65_HS1-834228961_62-HQ-83894_Serial_130
Agency: FBI
Page 83
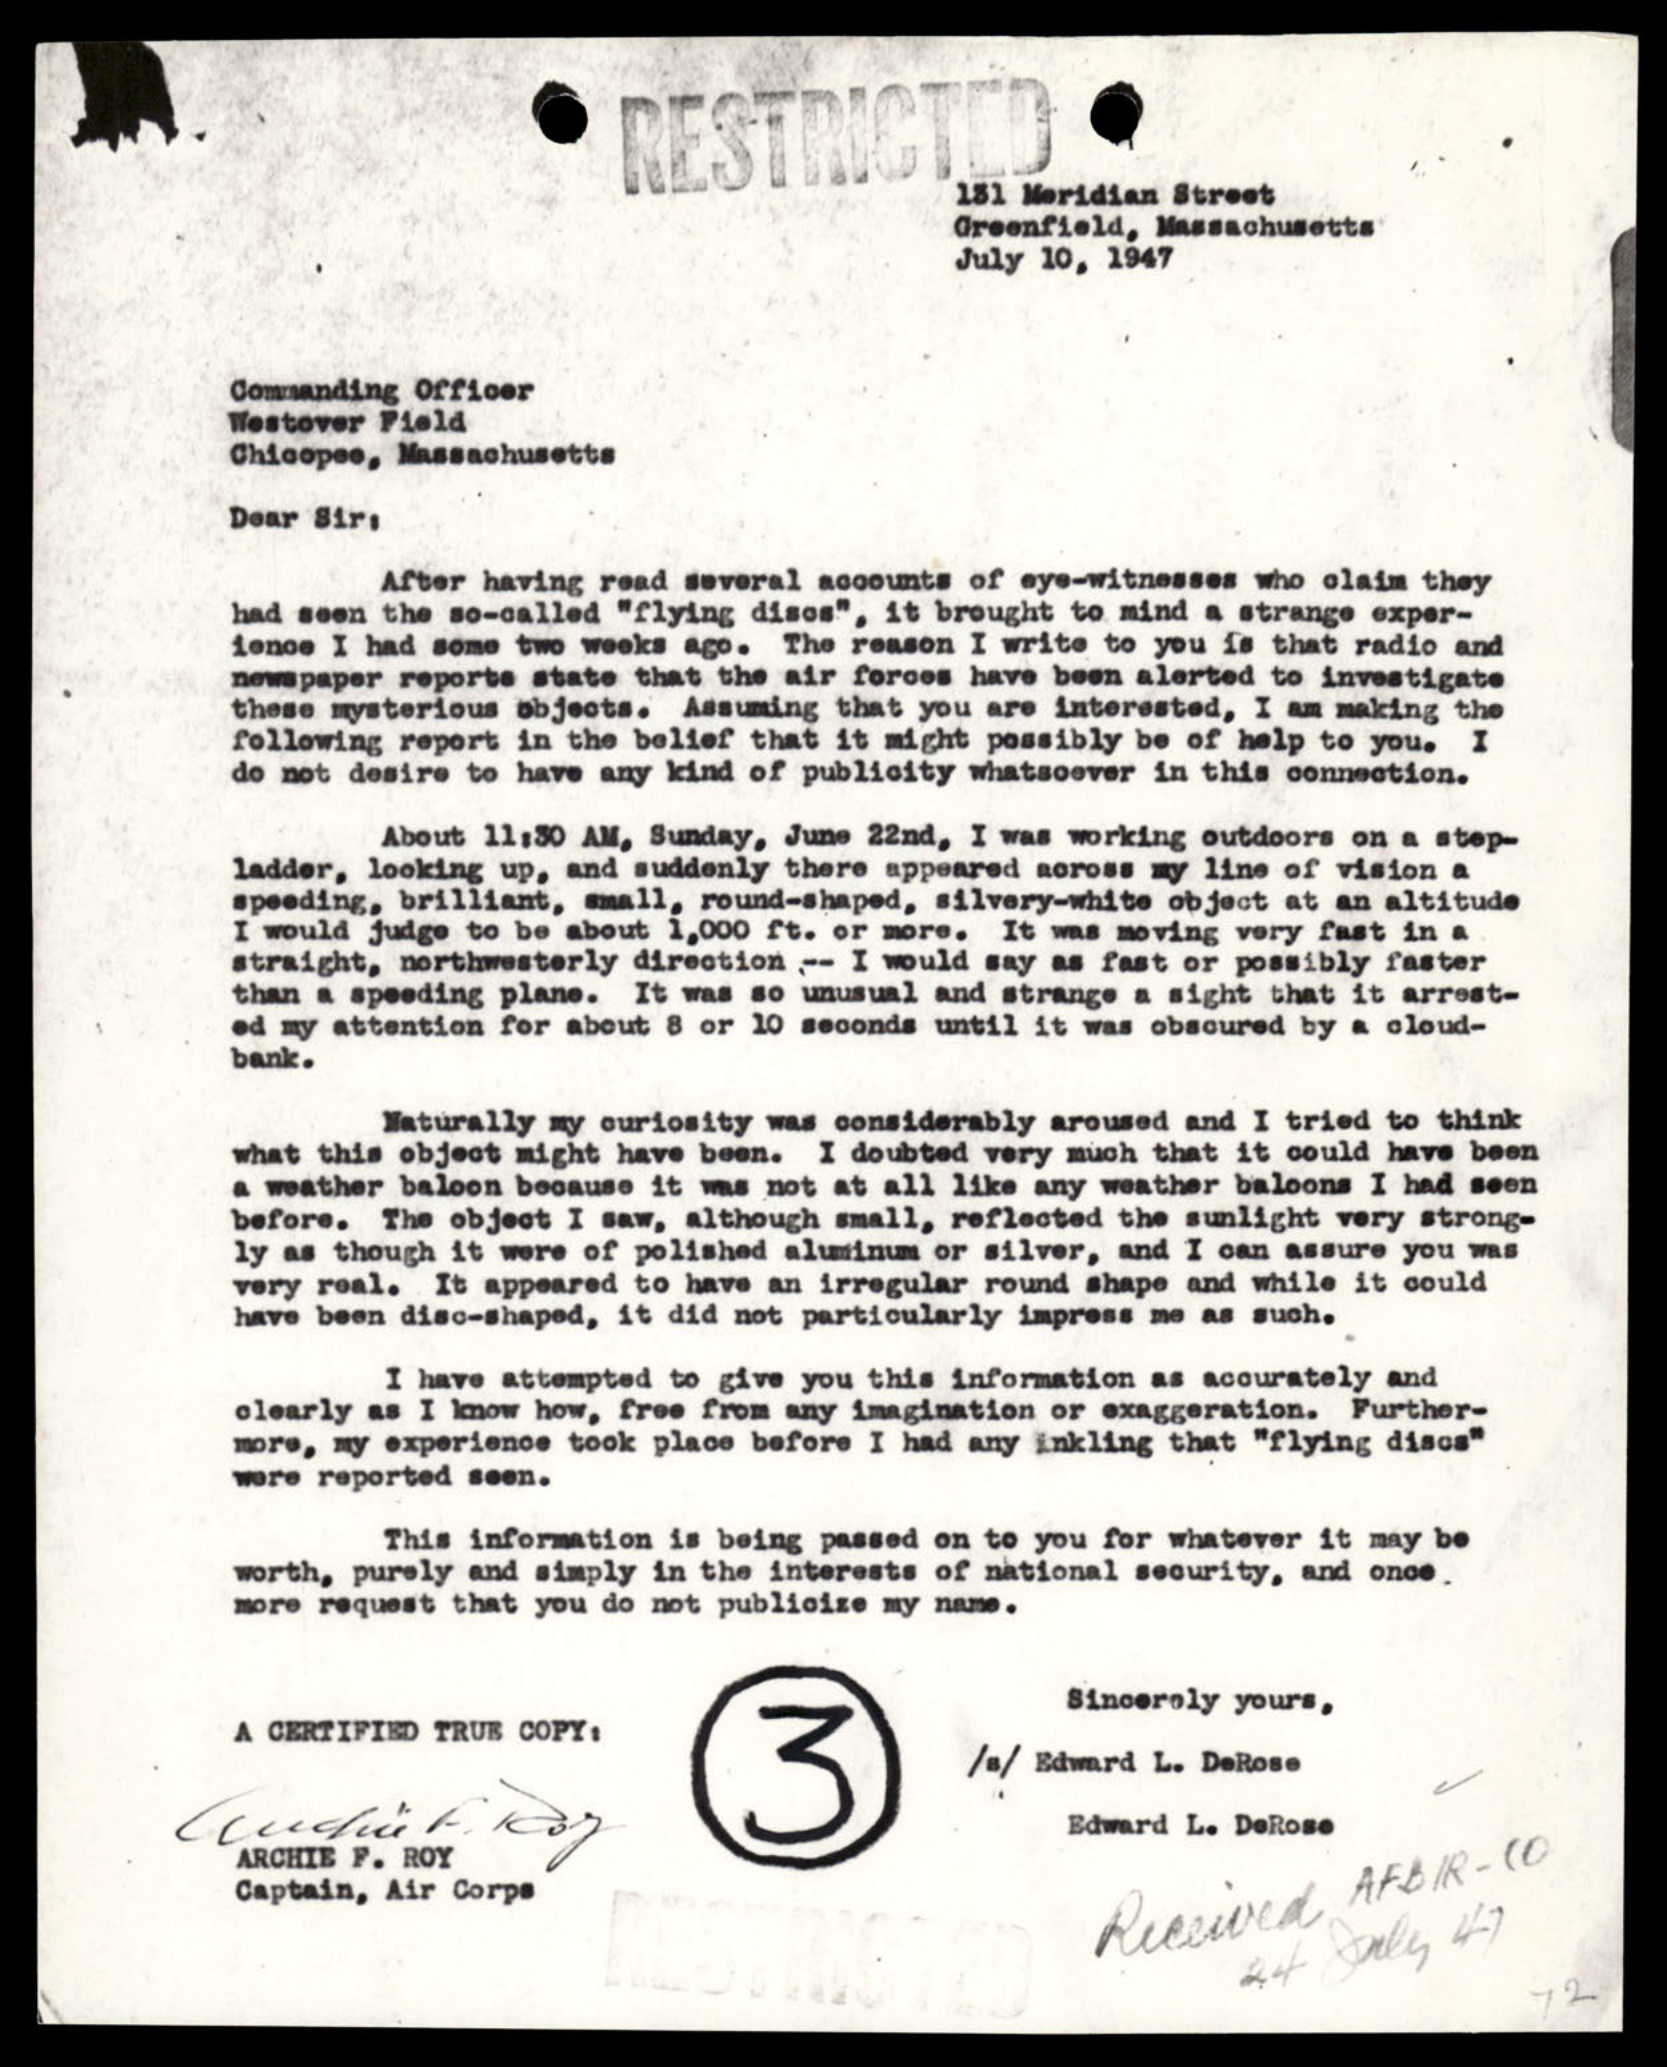